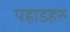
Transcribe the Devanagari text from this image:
पहाडहरु